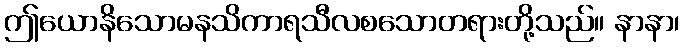
ဤယောနိသောမနသိကာရသီလစသောတရားတို့သည်။ နာနာ၊